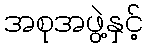
အစုအဖွဲ့နှင့်